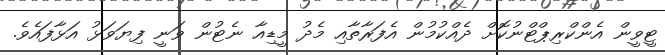
ޓީވީން އެންކްރިޕްޓްނުކޮށް ދެއްކުމުން އެފަރާތާއި މެދު މީޑިއާ ނެޓުން ވަނީ ފިޔަވަޅު އަޅާފައެވެ.